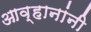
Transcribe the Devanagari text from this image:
आव्हानांनी